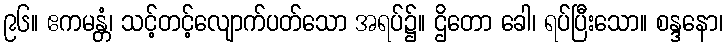
၉၆။ ဧကမန္တံ၊ သင့်တင့်လျောက်ပတ်သော အရပ်၌။ ဌိတော ခေါ၊ ရပ်ပြီးသော။ စန္ဒနော၊